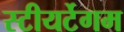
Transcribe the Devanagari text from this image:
स्टीयर्टेगम